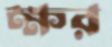
ক্ষর